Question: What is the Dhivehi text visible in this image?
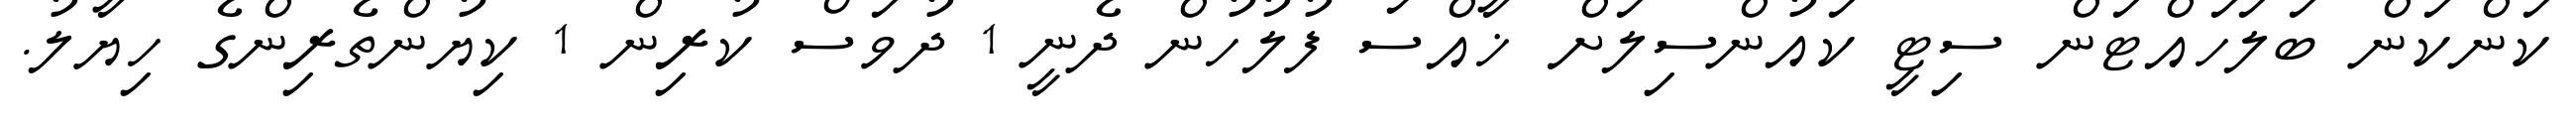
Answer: ކަންކަން ބަލަހައްޓަން ސިޓީ ކައުންސިލަށް ޚާއްސަ ފުލުހުން ދެނީ 1 ދުވަސް ކުރިން 1 ކިޔުންތެރިންގެ ހިޔާލު.